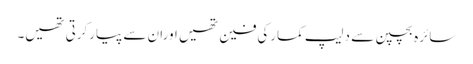
سائرہ بچپن سے دلیپ کمارکی فین تھیں اوران سے پیارکرتی تھیں۔